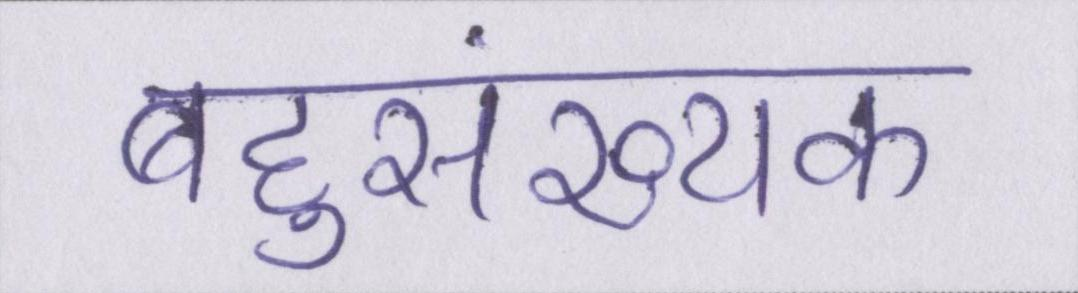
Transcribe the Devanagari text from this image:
बहुसंख्यक